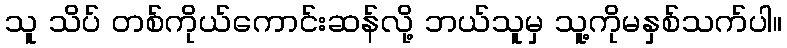
သူ သိပ် တစ်ကိုယ်ကောင်းဆန်လို့ ဘယ်သူမှ သူ့ကိုမနှစ်သက်ပါ။